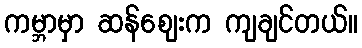
ကမ္ဘာမှာ ဆန်စျေးက ကျချင်တယ်။